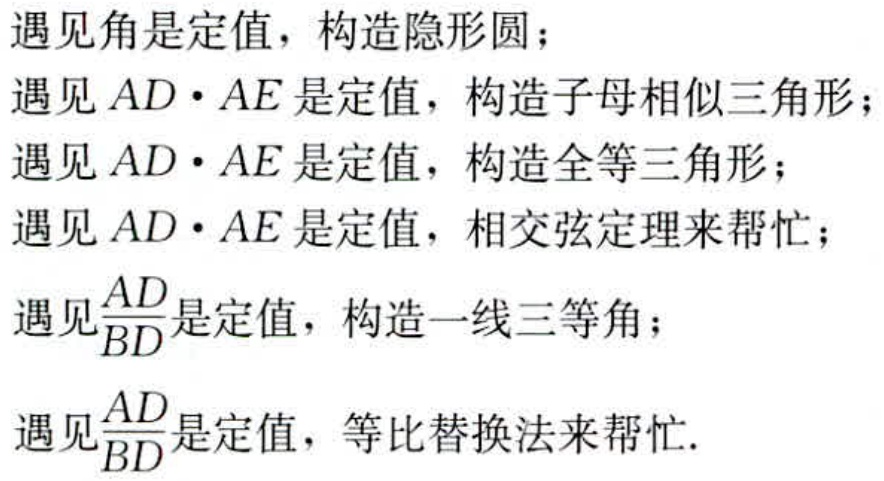
遇见角是定值，构造隐形圆；
遇见\(AD\cdot AE\)是定值，构造子母相似三角形；
遇见\(AD\cdot AE\)是定值，构造全等三角形；
遇见\(AD\cdot AE\)是定值，相交弦定理来帮忙；
遇见\(\frac{AD}{BD}\)是定值，构造一线三等角；
遇见\(\frac{AD}{BD}\)是定值，等比替换法来帮忙.